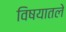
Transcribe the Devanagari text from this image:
विषयातले